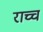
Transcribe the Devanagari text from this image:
राच्च